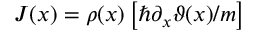
J ( x ) = \rho ( x ) \left[ \hbar \partial _ { x } \vartheta ( x ) / m \right]